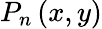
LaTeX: P_{n}\left(x,y\right)